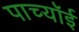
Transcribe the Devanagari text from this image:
पाच्यॉई